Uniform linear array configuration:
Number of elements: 64
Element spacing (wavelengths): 0.25
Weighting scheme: kaiser
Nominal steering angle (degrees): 60
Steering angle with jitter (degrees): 60.814
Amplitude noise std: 0.05
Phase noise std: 0.05

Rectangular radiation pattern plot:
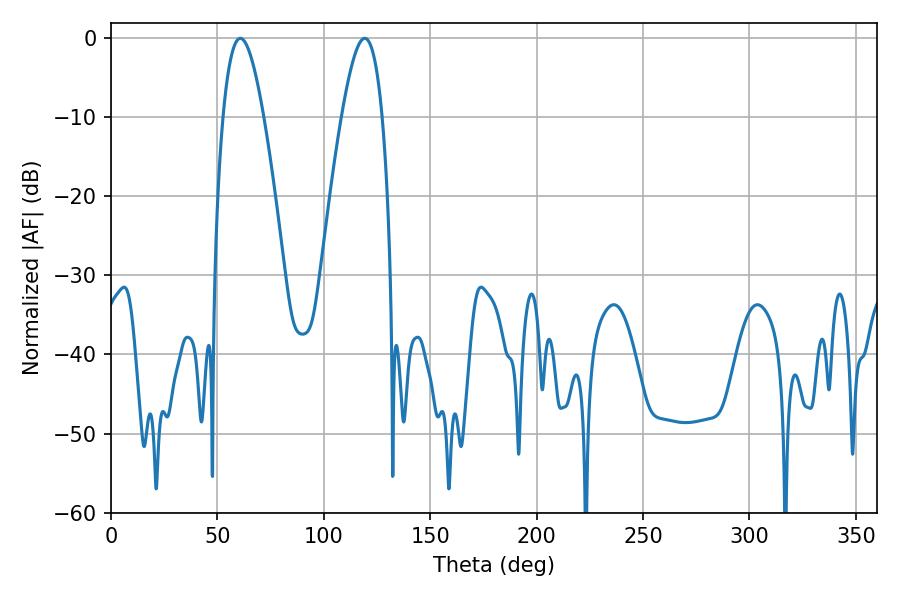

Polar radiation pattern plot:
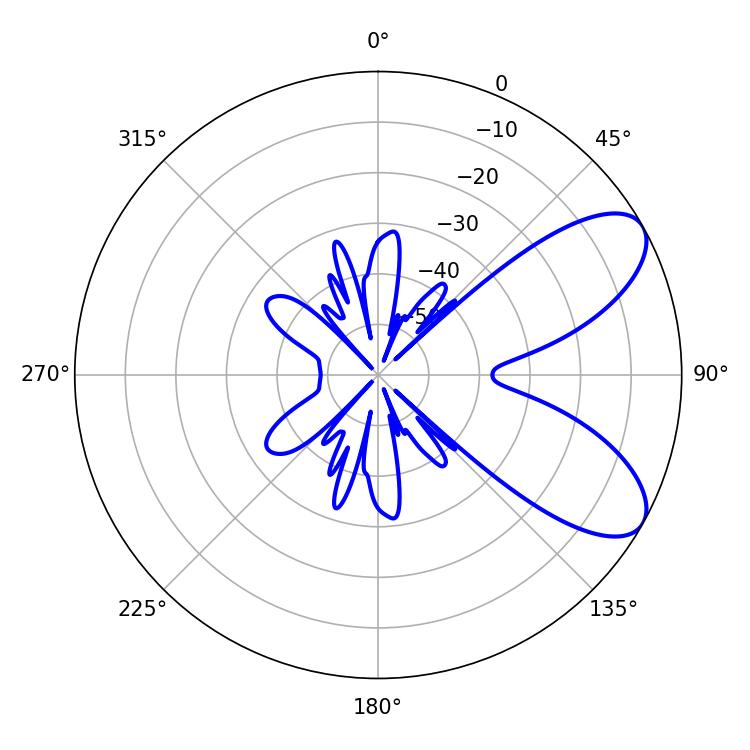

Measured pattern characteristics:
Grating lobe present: FALSE
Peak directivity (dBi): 7.647
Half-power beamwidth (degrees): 10.44
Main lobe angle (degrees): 60.84